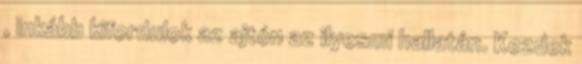
, inkább kifordulok az ajtón az ilyesmi hallatán. Kezdek